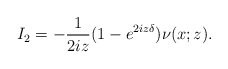
\begin{align*}I_2=-\frac{1}{2iz}(1-e^{2iz\delta}) \nu(x ; z) .\end{align*}